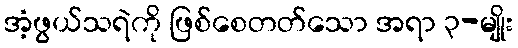
အံ့ဖွယ်သရဲကို ဖြစ်စေတတ်သော အရာ ၃-မျိုး